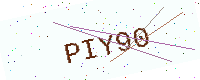
Text: PIY90